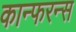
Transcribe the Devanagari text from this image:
कान्फरन्स